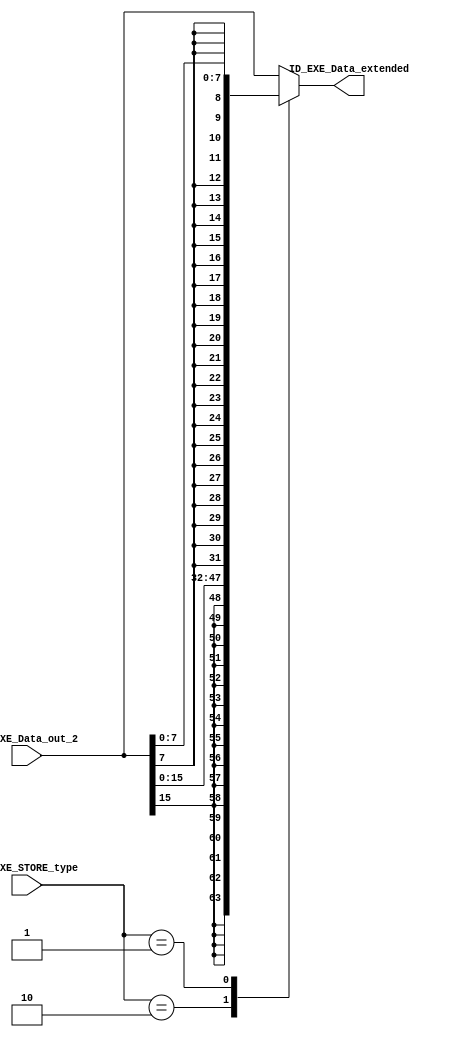
`timescale 1ps / 1ps

module STORE_extend(
		input [31:0] ID_EXE_Data_out_2,
		input [1:0] ID_EXE_STORE_type,

		output reg [31:0] ID_EXE_Data_extended
		);
		
	always @(*) 
	begin
		ID_EXE_Data_extended = 0;
			case(ID_EXE_STORE_type)
				2'b00: ID_EXE_Data_extended = ID_EXE_Data_out_2;
				2'b10: ID_EXE_Data_extended = {{16{ID_EXE_Data_out_2[15]}},ID_EXE_Data_out_2[15:0]};
				2'b01: ID_EXE_Data_extended = {{24{ID_EXE_Data_out_2[7]}},ID_EXE_Data_out_2[7:0]};
				default: ID_EXE_Data_extended = ID_EXE_Data_out_2;
			endcase
	end
endmodule